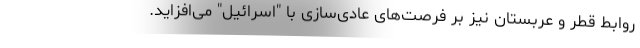
روابط قطر و عربستان نیز بر فرصت‌های عادی‌سازی با "اسرائیل" می‌افزاید.